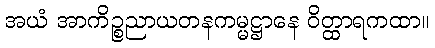
အယံ အာကိဉ္စညာယတနကမ္မဋ္ဌာနေ ဝိတ္ထာရကထာ။